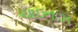
ચાઇનાઝ